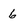
Character: 6